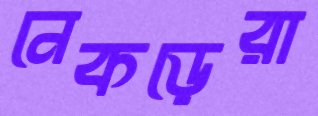
নেকড়েরা